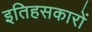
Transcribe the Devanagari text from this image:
इतिहसकारों